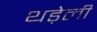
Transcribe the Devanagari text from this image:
थड़ेली